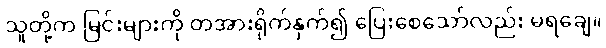
သူတို့က မြင်းများကို တအားရိုက်နှက်၍ ပြေးစေသော်လည်း မရချေ။